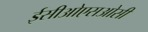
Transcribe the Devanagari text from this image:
ईसीओएसओसी